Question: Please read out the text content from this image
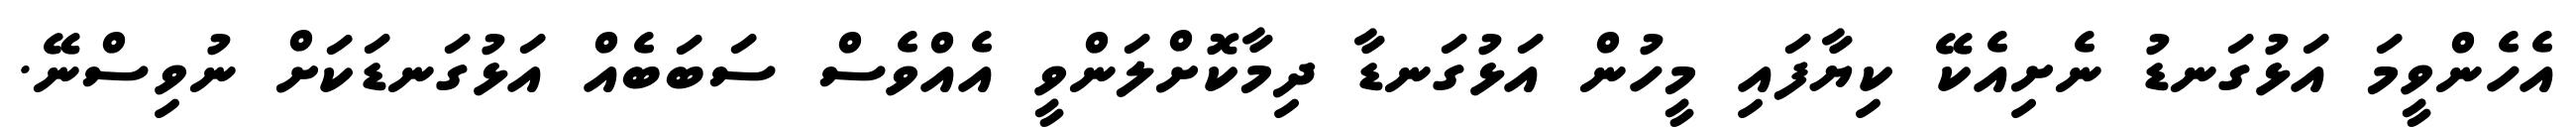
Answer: އެހެންވީމަ އަޅުގަނޑު ނެށިއެކޭ ކިޔާފައި މީހުން އަޅުގަނޑާ ދިމާކޮށްލަންވީ އެއްވެސް ސަބަބެއް އަޅުގަނޑަކަށް ނުވިސްނޭ.